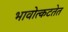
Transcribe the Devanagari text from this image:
भावोत्कटतेत